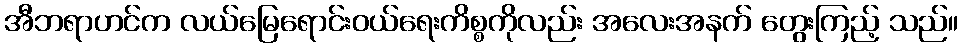
အီဘရာဟင်က လယ်မြေရောင်းဝယ်ရေးကိစ္စကိုလည်း အလေးအနက် တွေးကြည့် သည်။